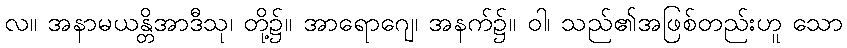
လ။ အနာမယန္တိအာဒီသု၊ တို့၌။ အာရောဂျေ၊ အနက်၌။ ဝါ၊ သည်၏အဖြစ်တည်းဟူ သော